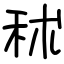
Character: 秫